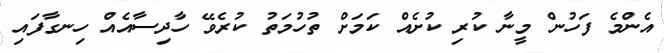
އެންމެ ފަހުން މީނާ ކުރި ކުށެއް ކަމަށް ތުހުމަތު ކުރެވޭ ހާދިސާއެއް ހިނގާފައި